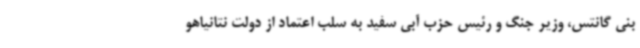
بنی گانتس، وزیر جنگ و رئیس حزب آبی سفید به سلب اعتماد از دولت نتانیاهو